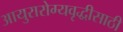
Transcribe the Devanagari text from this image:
आयुरारोग्यवृद्धीसाठी